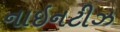
નાઇનટીઝ